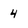
Character: 4